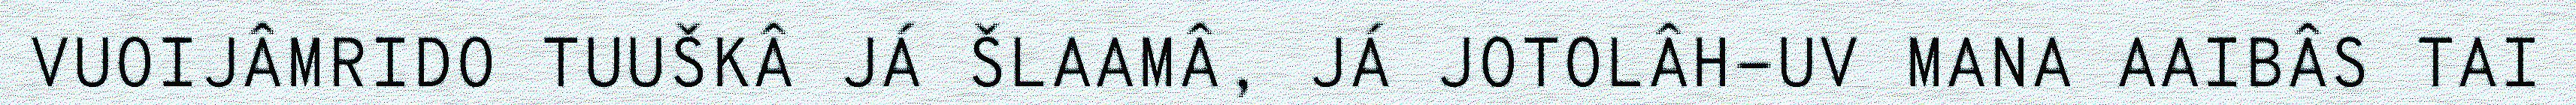
VUOIJÂMRIDO TUUŠKÂ JÁ ŠLAAMÂ, JÁ JOTOLÂH-UV MANA AAIBÂS TAI